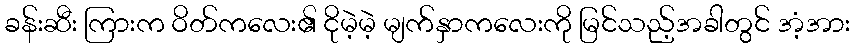
ခန်းဆီး ကြားက ဝိတ်ကလေး၏ ငိုမဲ့မဲ့ မျက်နှာကလေးကို မြင်သည့်အခါတွင် အံ့အား